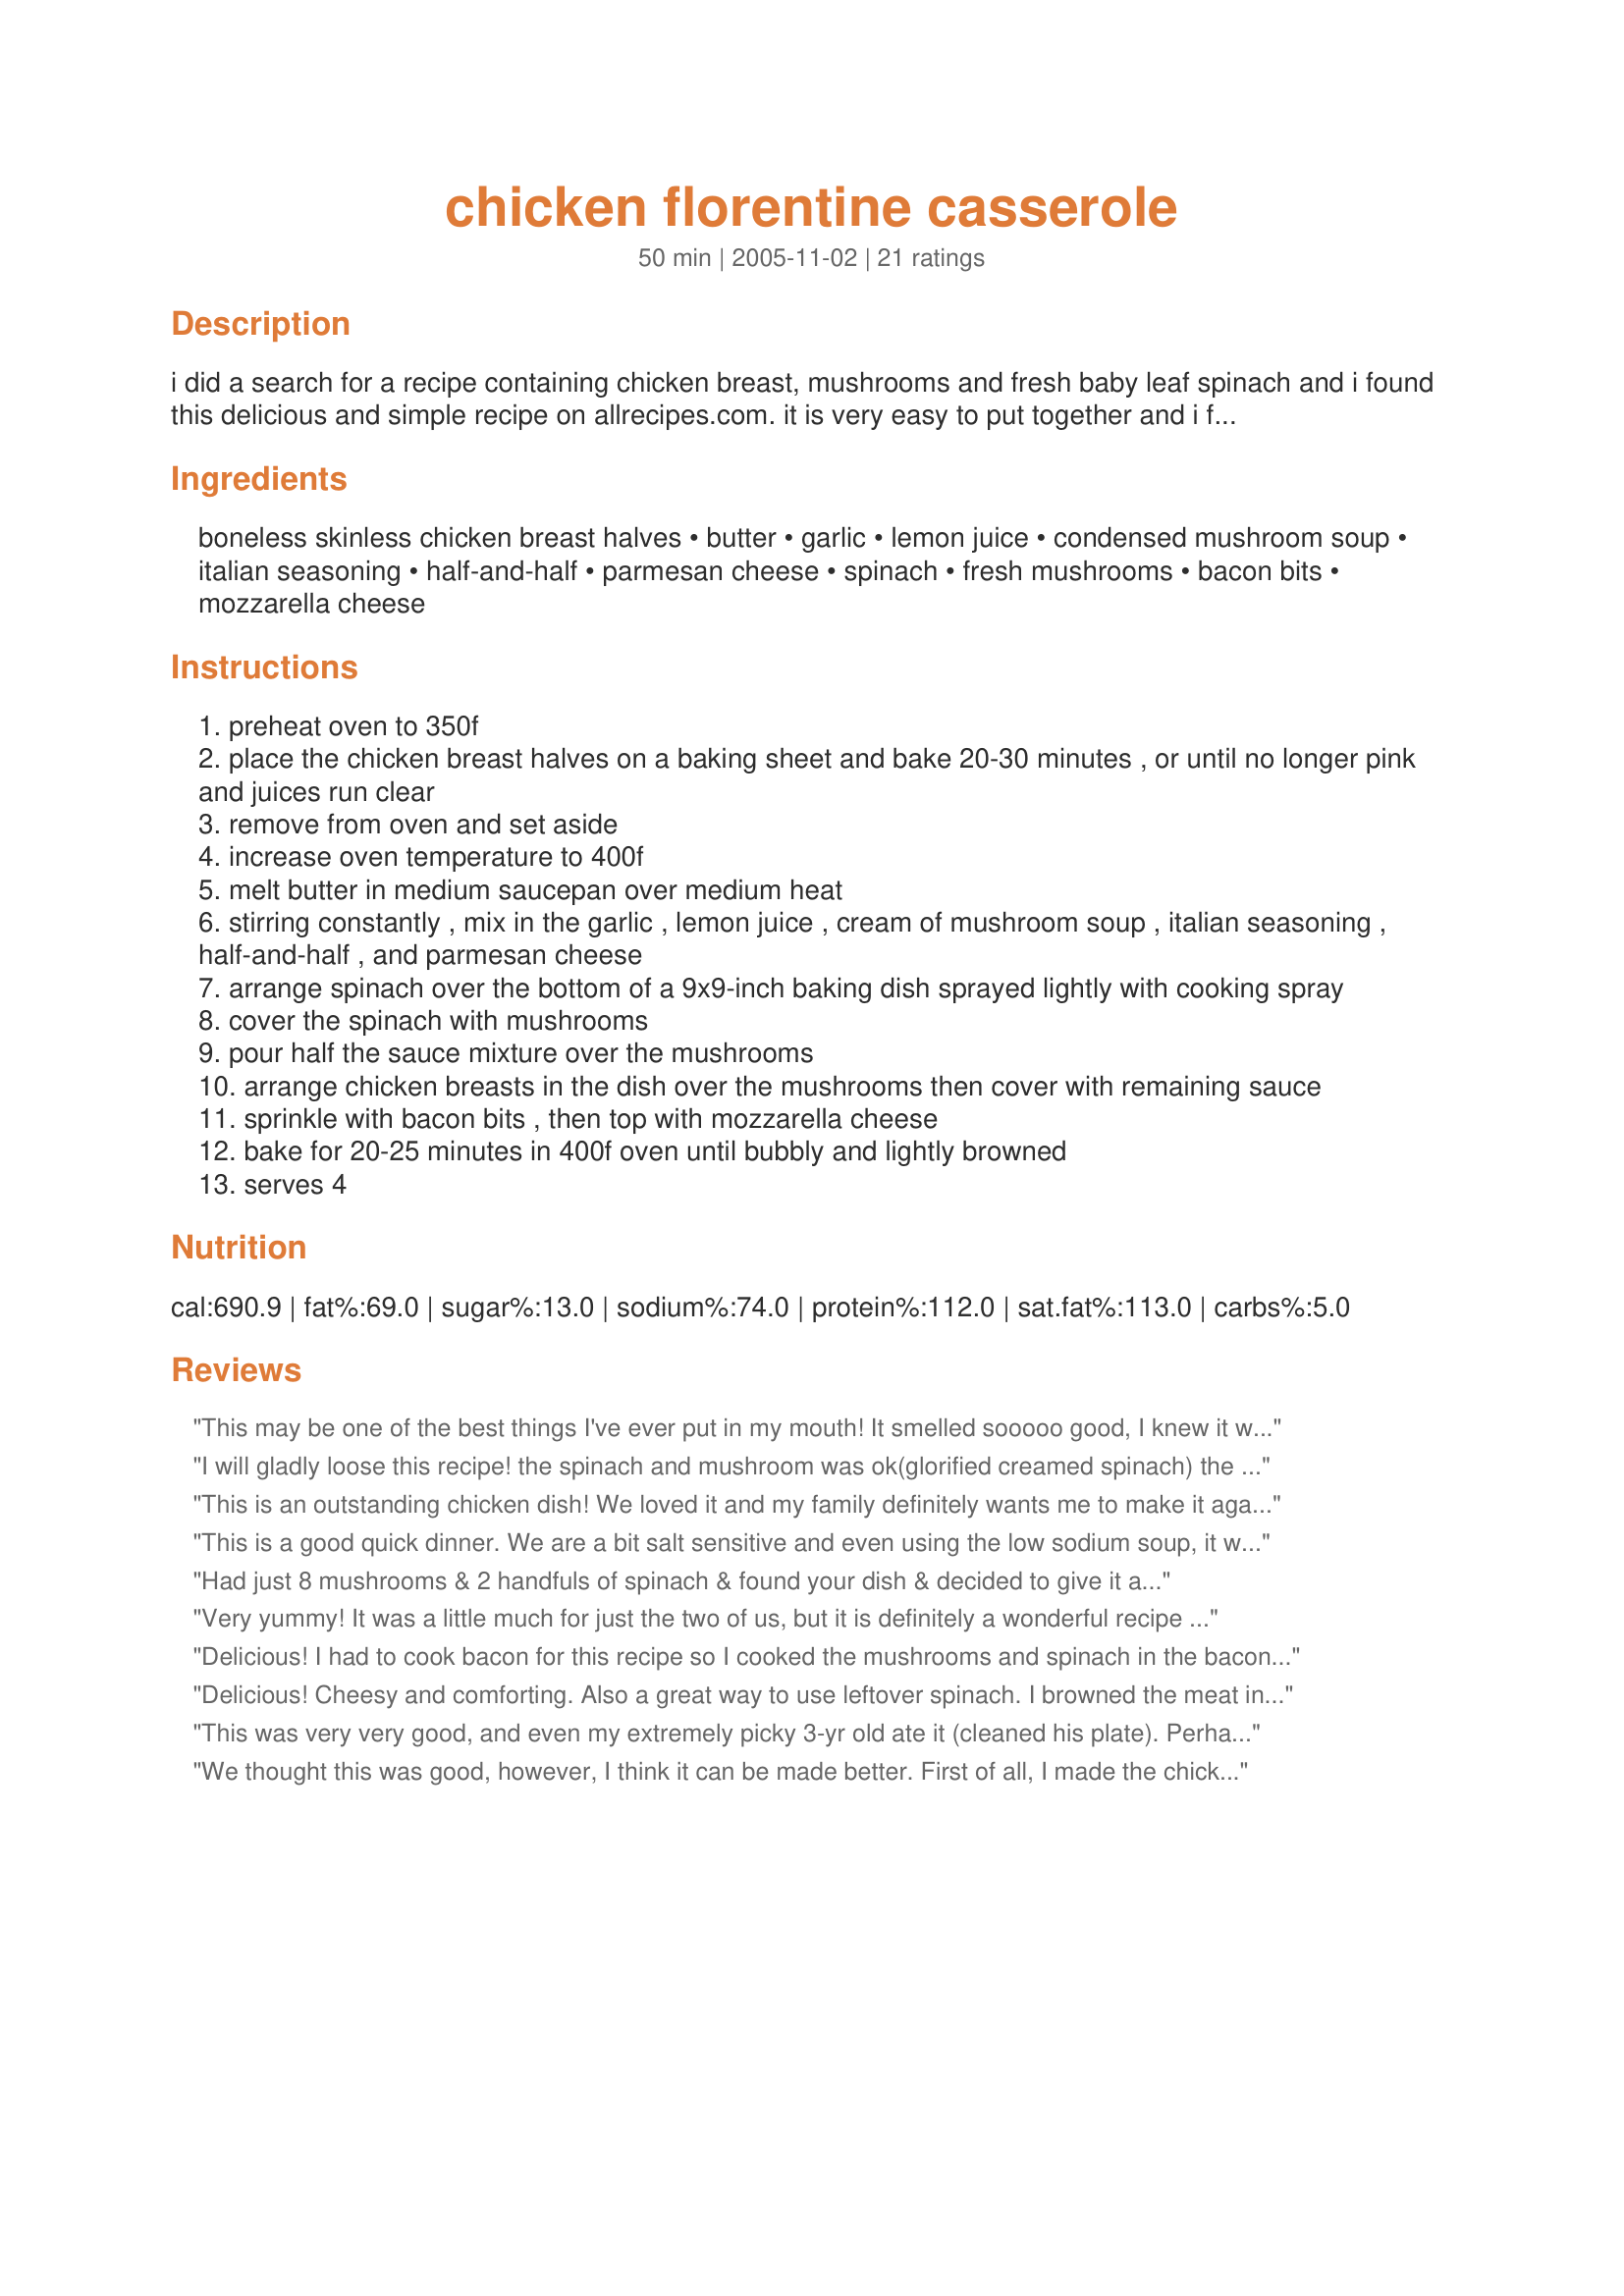
chicken florentine casserole
Preparation time: 50 minutes

i did a search for a recipe containing chicken breast, mushrooms and fresh baby leaf spinach and i found this delicious and simple recipe on allrecipes.com. it is very easy to put together and i found it to be quite tasty. i hope you will enjoy it!

Ingredients:
boneless skinless chicken breast halves, butter, garlic, lemon juice, condensed mushroom soup, italian seasoning, half-and-half, parmesan cheese, spinach, fresh mushrooms, bacon bits, mozzarella cheese

Steps:
preheat oven to 350f
place the chicken breast halves on a baking sheet and bake 20-30 minutes , or until no longer pink and juices run clear
remove from oven and set aside
increase oven temperature to 400f
melt butter in medium saucepan over medium heat
stirring constantly , mix in the garlic , lemon juice , cream of mushroom soup , italian seasoning , half-and-half , and parmesan cheese
arrange spinach over the bottom of a 9x9-inch baking dish sprayed lightly with cooking spray
cover the spinach with mushrooms
pour half the sauce mixture over the mushrooms
arrange chicken breasts in the dish over the mushrooms then cover with remaining sauce
sprinkle with bacon bits , then top with mozzarella cheese
bake for 20-25 minutes in 400f oven until bubbly and lightly browned
serves 4

Reviews:
This may be one of the best things I've ever put in my mouth! It smelled sooooo good, I knew it was going to be delicious. Only minor tweaks. I had thin cut breasts, so I pan fried them seasoned with salt and pepper and Italian seasoning. I didn't have any half and half, so used regular 2%. Didn't have mushrooms, so I left those out (but will add them next time) and I used frozen spinach. I also used real bacon (Do this. It's worth it. No artificial bacon bits!) I am seriously considering making this again for Christmas dinner - it's THAT good.
I will gladly loose this recipe! the spinach and mushroom was ok(glorified creamed spinach) the chicken was tasteless.
This is an outstanding chicken dish! We loved it and my family definitely wants me to make it again. We especially loved the addition of the mushrooms and the spinach.
This is a good quick dinner. We are a bit salt sensitive and even using the low sodium soup, it was just too salty. I made it again using one of the alternative cream of soup recipes here on zaar b/c the combination was really good. I used fresh spinach and added roasted red peppers for a bit more color and flavor. Wonderful! This is 5 stars, because it is good, and people who are used to canned cream soups will LOVE this recipe! I used heavy whipping cream b/c I was out of 1/2 and 1/2. Thanks Bev!
Had just 8 mushrooms & 2 handfuls of spinach & found your dish & decided to give it a try.It is a keeper! DH loved the sauce so I will probably double it next time. Thanks for posting.
Very yummy! It was a little much for just the two of us, but it is definitely a wonderful recipe that we will enjoy again!
Delicious! I had to cook bacon for this recipe so I cooked the mushrooms and spinach in the bacon fat. Otherwise I made the recipe as directed. I will be making this again.
Delicious! Cheesy and comforting. Also a great way to use leftover spinach. I browned the meat in a frying pan before putting in the casserole dish and I used fresh spinach. I also added some halved grape tomatoes which I needed to use up. I didn't have cream of mushroom soup so I used cream of chicken. I look forward to making this again!
This was very very good, and even my extremely picky 3-yr old ate it (cleaned his plate). Perhaps since I used canned spinach it didn't look recognizable as a vegetable. Even though i never used canned spinach before and i thought it looked gross I'm just glad my son ate it. I didn't have 1/2 & 1/2 so used a couple tbsp sour cream & about 1/4 C milk. Also instead of butter I used olive oil (sorta using "healthy fat" to make up for using sour cream, maybe). I didn't cook the chicken beforehand--just had some raw breasts that were premarinated in some italian spices, garlic & olive oil & layered them on top of the spinach & mushrooms in a greased pie-pan, then poured the sauce on top before baking. Also I skipped using bacon or mozzarella and it still tasted very flavorful & rich.
We thought this was good, however, I think it can be made better. First of all, I made the chicken into smaller, thinner pieces, almost chicken tenders. I also would recommend using fresh spinach instead of canned, I used one bag of fresh spinach and I sauteed it quickly with the sliced mushrooms. I layered that mixture on the bottom of a 13x9x2 baking dish and I cooked the chicken in lemon pepper for about 10 minutes and then I put the chicken on top of the spinach/mushroom mixture. I then made the sauce as described but it could use whipping cream instead of the half and half as it was too thin. I used more parmesan cheese in the sauce and then I ended up cooking it a bit longer uncovered until the mozzarella cheese was browned. Don't be afraid to use more seasoning and definetely use some salt and pepper.
Stuck pretty much to the recipe as I'm able... Used more ingredients (quantity)..lightly grilled the chicken to done, instead of the oven.. Did it all in my enameled cast iron skillet though (I hate doing dishes/pots) Used fresh spinach...probably accounts for the sauce being a little thin.. Saute'd more (X5) garlic and mushrooms in the butter... (would make a little roux at this point) THEN add the soup (Progresso cream of mushroom=gluten free)/cream.. Then put in the spinach, and return the chicken...bury the meat in the sauce...cheese/bacon bake... It was delicious, over buttered gluten free spaghetti...
Wow - really good sauce and I liked the direction to bake the chicken first for 20 mins; then assemble and bake at the higher temp. I did salt and pepper the chicken prior to baking. Very juicy. However, I think that using a 9x9 baking dish is an error in the printing. I did all as the recipe states with the exception of 4 half chicken breasts. I had two very large ones that I cut in half, each. While the sauce was good and very tasty - there was way too much cheese for a 9x9. I will make this again and use more chicken and a bigger casserole dish. 2.5 cups of cheese and .5 of cream is a lot for a 9X9. I do think the amounts would work beautifully in a larger dish with more chicken. The sauce was a definite keeper. Try it! follow all directions with the exception of the dish size and definitely use 4 breasts.
Really nice dish! I followed it almost as written using olive oil instead of butter. I used 2% evap. milk instead of the 1/2 & 1/2. I also used, a 1/2 pound (maybe more) fresh spinach, and 8oz. fresh mushrooms. I put the spinach in the dish, topped it w/ mushrooms, the cooked chicken (8 chicken tenders) and poured the sauce all at once on top, and topped w/ mozz. cheese. I baked beatifully. I think fresh ingredients make tastier results. I will be doing this one lots. Thanks :O)
I thought I posted a review but I guess it went into cyber space. I sauted some onions with the mushrooms in a bit of the bacon fat and then added roasted garlic (about 4 cloves). I then sauted the fresh spinach. I also added roasted red peppers. For the sauce I used whipping cream and added a pinch of cayanne pepper and smoked paprika. My husband loved it and he very rarely comments on food! The only thing I would use the next time would be skinless boneless chicken thighs as I find they have more flavor.<br/>Thanks for a great recipe!!!
Didn&#039;t have Mozz so I used NY Sharp and I omitted the Butter because I didn&#039;t think the recipe needed it. Also used much more garlic than the published amount. I had low expectations, because of the canned soup, but was very surprised. DW and I just loved this dish. I swear it tasted almost identical to a Florentine dish we get at a local Rest. An extremely satisfying dish. Will make again.
I also found your recipe by filtering on spinach, mushrooms and chicken. This was very good! I did substitute fresh spinach rather than canned as I had fresh spinach I needed to use before it went bad. Also, I used a small can of evaporated milk instead of 1/2 and 1/2 and "real" bacon rather than bacon bits. Once I mixed the sauce, I thought it was a little thick so I added more milk to thin it a little bit. We thought this was so good and would definitely make it again. Thanks for a great recipe!
This was SOOOO good! We loved the garlic flavor and the mix of the spinach and mushrooms with the chicken- heavenly! I didn't have any parmesan cheese, so I ended up leaving it out of the sauce and it was still good without. I used fresh baby spinach like another reviewer said they did and it worked perfectly- just remember to put more in that you think you need because it will cook down a ton- I used half of a bag and felt like I could have used more! Overall, this was a really great, easy recipe! DH loved it and was talking about "when we have it again" before dinner was over! Thanks for sharing, Bev!
This is an awesome dish! I did make some adjustments, suggested by other reviewers on allrecipes.com. I left out the mushrooms (not a fan). I sauteed fresh spinach (two bags) with olive oil and minced garlic. I cooked some bacon in the same pan, then sauteed the chicken breasts in the same pan (after removing most of the bacon grease). I added chopped dried onion to the sauce and used skim milk instead of 1/2 & 1/2. I also put a little part-skim mozzarella in with the cream sauce, as well as on top. I baked (uncovered) at 375 for about 30 minutes. Delicious!
Don&#039;t lose this recipe it is so delicious, a real keeper! Due to lack of certain ingredients; mushrooms, Italian spice and 1/2 &amp; 1/2, I threw in a bit of dried oregano and lots of dried basil, and half filled the mushroom can with low fat milk. I also microwaved the bacon until it was crispy and cooked a whole bag of fresh spinach then pressed out all the water. The rest is history!
Wow! This was a hit at a small dinner party last night!! Everyone loved it!! I didn't have enough Parmesan, so I mixed it with Pecorino. And I didn't have any Italian seasoning..but used dried herbs from my garden. This will be made lots! Thank you for sharing!
Will try some of your other recipes in that cookbook.
This was delicious. I didn't have mushrooms or mushroom soup but make a white sauce with the butter and flour and added a little chicken flavored bullion. One of the best meals in a while! Thank you.
